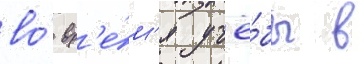
во́ вр'е́м'я учё́бы в